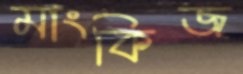
মাংকিজ